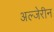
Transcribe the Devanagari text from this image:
अल्जेरीन